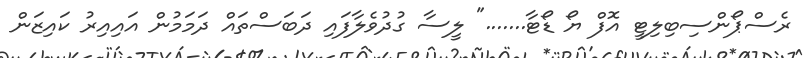
ރެސްޕޯންސިބިލިޓީ އޮފް ޔޯ ޑޯޓާ......." ލީސާ ގުދުވެލާފައި ދަބަސްތައް ދަމަމުން އައިއިރު ކައިޒަން